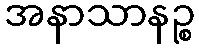
အနာသာနဉ္စ